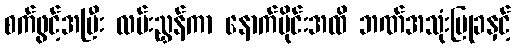
စက်ဖွင့်အပြီး လမ်းညွှန်ကာ နောက်ပိုင်းအထိ ဘဏ်အသုံးပြုခနှင့်